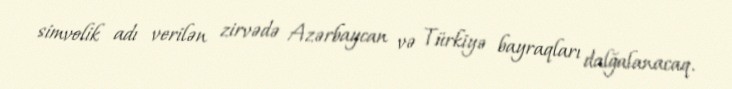
simvolik adı verilən zirvədə Azərbaycan və Türkiyə bayraqları dalğalanacaq.